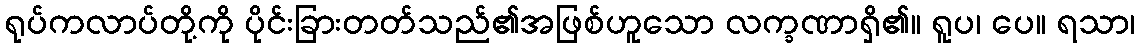
ရုပ်ကလာပ်တို့ကို ပိုင်းခြားတတ်သည်၏အဖြစ်ဟူသော လက္ခဏာရှိ၏။ ရူပ၊ ပေ။ ရသာ၊